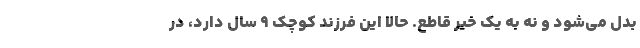
بدل مي‌شود و نه به يك خير قاطع. حالا اين فرزند كوچك 9 سال دارد، در